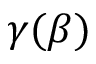
\gamma ( \beta )